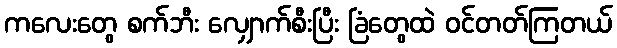
ကလေးတွေ စက်ဘီး လျှောက်စီးပြီး ခြံတွေထဲ ဝင်တတ်ကြတယ်